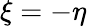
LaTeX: \xi=-\eta